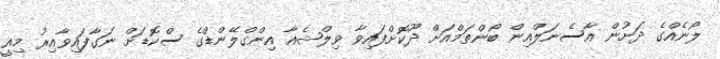
ލޯނެއްގެ ދަށުން އާސެނަލްއިން ބޯންތަމްއަށް ދޫކޮށްފައިވާ ވިލްޝެއާ އިންގްލޭންޑްގެ ސްކޮޑަށް ނަގާފައިވާއިރު މިއީ